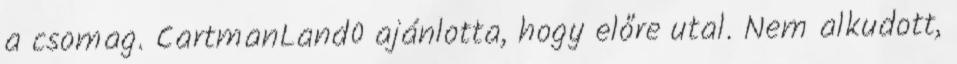
a csomag. CartmanLand0 ajánlotta, hogy előre utal. Nem alkudott,